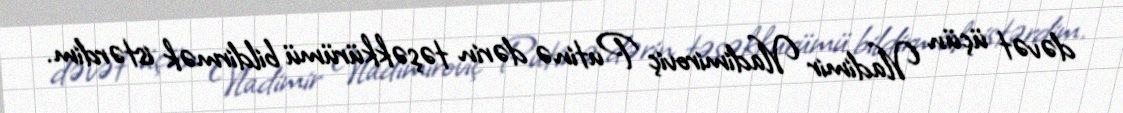
dəvət üçün Vladimir Vladimiroviç Putinə dərin təşəkkürümü bildirmək istərdim.